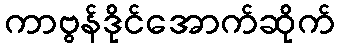
ကာဗွန်ဒိုင်အောက်ဆိုက်